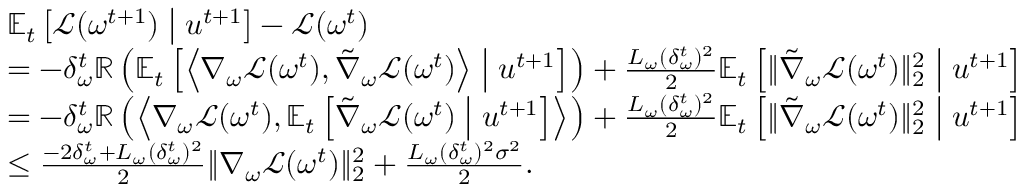
\begin{array} { r l } & { \mathbb { E } _ { t } \left[ \mathcal { L } ( \omega ^ { t + 1 } ) \; \middle | \; u ^ { t + 1 } \right] - \mathcal { L } ( \omega ^ { t } ) } \\ & { = - \delta _ { \omega } ^ { t } \mathbb { R } \left( \mathbb { E } _ { t } \left[ \left\langle \nabla _ { \omega } \mathcal { L } ( \omega ^ { t } ) , \tilde { \nabla } _ { \omega } \mathcal { L } ( \omega ^ { t } ) \right\rangle \; \middle | \; u ^ { t + 1 } \right] \right) + \frac { L _ { \omega } ( \delta _ { \omega } ^ { t } ) ^ { 2 } } { 2 } \mathbb { E } _ { t } \left[ \| \tilde { \nabla } _ { \omega } \mathcal { L } ( \omega ^ { t } ) \| _ { 2 } ^ { 2 } \; \middle | \; u ^ { t + 1 } \right] } \\ & { = - \delta _ { \omega } ^ { t } \mathbb { R } \left( \left\langle \nabla _ { \omega } \mathcal { L } ( \omega ^ { t } ) , \mathbb { E } _ { t } \left[ \tilde { \nabla } _ { \omega } \mathcal { L } ( \omega ^ { t } ) \; \middle | \; u ^ { t + 1 } \right] \right\rangle \right) + \frac { L _ { \omega } ( \delta _ { \omega } ^ { t } ) ^ { 2 } } { 2 } \mathbb { E } _ { t } \left[ \| \tilde { \nabla } _ { \omega } \mathcal { L } ( \omega ^ { t } ) \| _ { 2 } ^ { 2 } \; \middle | \; u ^ { t + 1 } \right] } \\ & { \leq \frac { - 2 \delta _ { \omega } ^ { t } + L _ { \omega } ( \delta _ { \omega } ^ { t } ) ^ { 2 } } { 2 } \| \nabla _ { \omega } \mathcal { L } ( \omega ^ { t } ) \| _ { 2 } ^ { 2 } + \frac { L _ { \omega } ( \delta _ { \omega } ^ { t } ) ^ { 2 } \sigma ^ { 2 } } { 2 } . } \end{array}